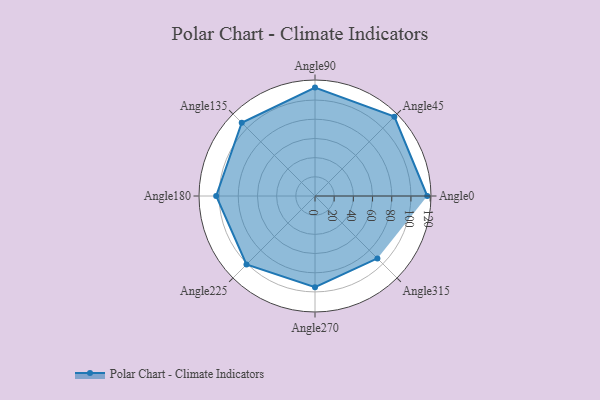
{"axis": {"x": "Angle", "y": "Radius"}, "legend": [""], "data": [{"x": "Angle0", "y": 117.0, "type": ""}, {"x": "Angle45", "y": 117.0, "type": ""}, {"x": "Angle90", "y": 113.0, "type": ""}, {"x": "Angle135", "y": 108.0, "type": ""}, {"x": "Angle180", "y": 103.0, "type": ""}, {"x": "Angle225", "y": 101.0, "type": ""}, {"x": "Angle270", "y": 95.0, "type": ""}, {"x": "Angle315", "y": 92.0, "type": ""}]}